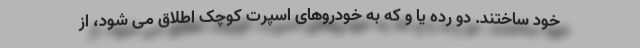
خود ساختند. دو رده یا و که به خودروهای اسپرت کوچک اطلاق می شود، از